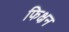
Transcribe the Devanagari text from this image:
फिक्षन